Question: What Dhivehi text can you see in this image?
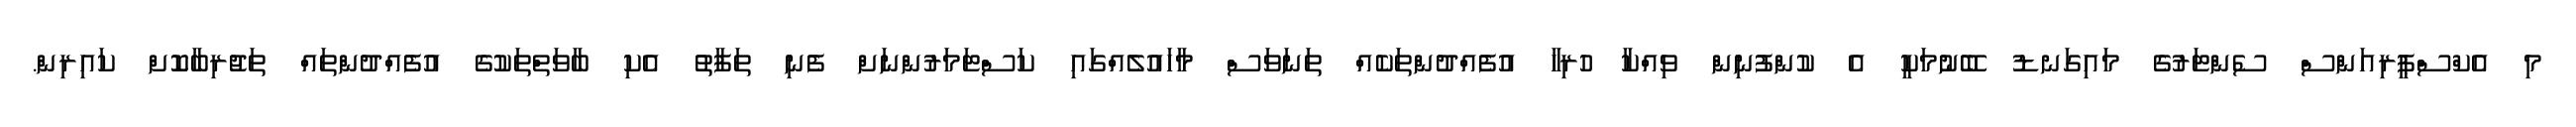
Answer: މި އެކްސްޕީރިއަންސް ސެންޓަރުގެ މައިގަނޑު ބޭނުމަކީ އެ ކުންފުނިން ވިއްކާ ހުރިހާ އުފެއްދުންތަކެއް ތަނަވަސް މާހައުލެއްގައި ކަސްޓަމަރުންނަށް ފެނި ތަފާތު އެކި ބާވަތްތަކުގެ އުފެއްދުންތައް ތަޖުރިބާކޮށް ކައިރިން.